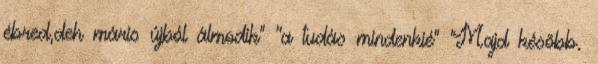
ébred,deh máris újból álmodik" ''a tudás mindenkié" 'Majd késõbb.